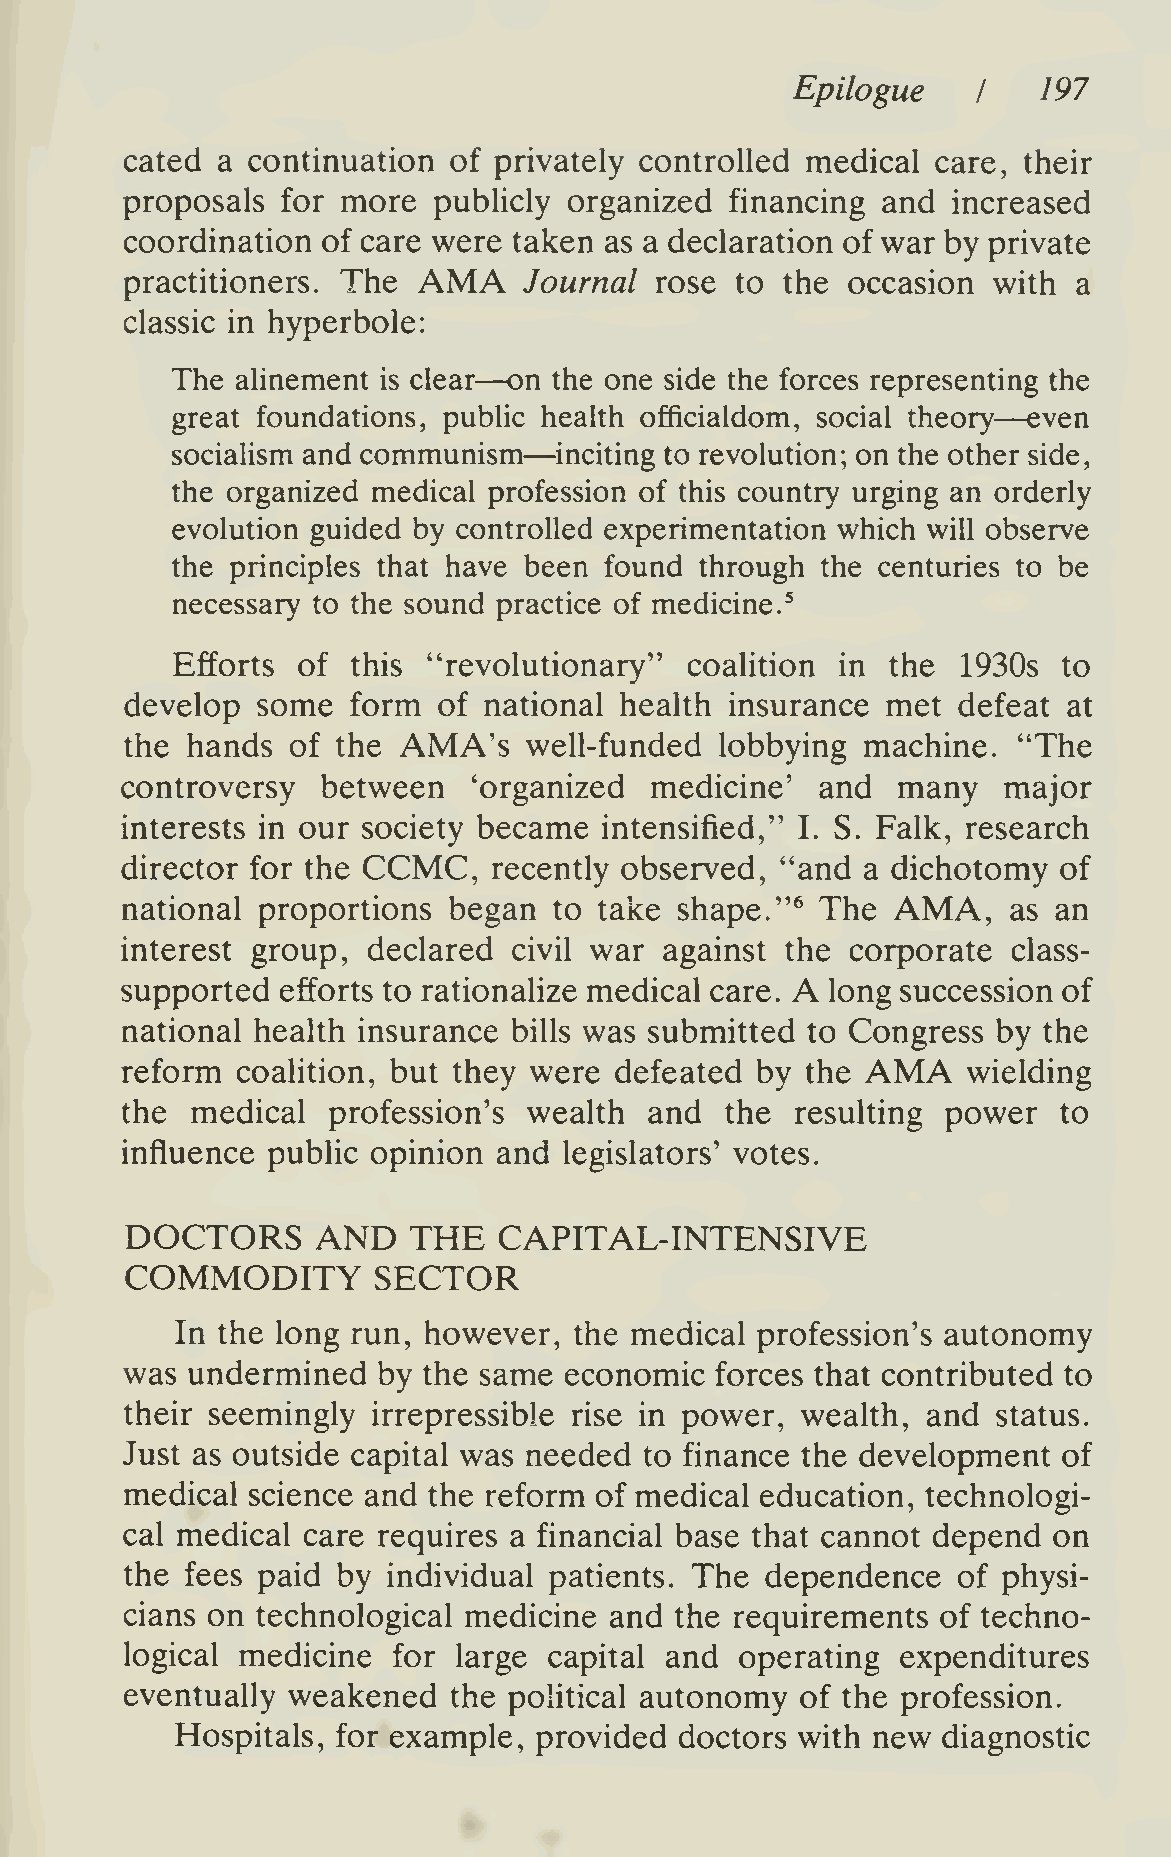
Epilogue         197
 I
 cated a continuation  of privately controlled medical care, their
 proposals  for more  publicly organized financing and  increased
 coordination of care were taken as a declaration of war by private
 AMA
 practitioners. The         Journal rose  to the occasion  with a
 classic in hyperbole:
 —
 The  alinement is clear on the one side the forces representing the
 —
 great foundations, public health officialdom, social theory even
 —
 socialism and communism   inciting to revolution; on the other side,
 the organized medical profession of this country urging an orderly
 evolution guided by controlled experimentation which will observe
 the principles that have been found through the centuries to be
 necessary to the sound practice of medicine.'
 Efforts  of this "revolutionary"   coahtion  in the  1930s to
 develop  some  form  of national health insurance  met defeat  at
 the hands  of the AMA's    well-funded  lobbying machine.  "The
 controversy  between   'organized  medicine'  and  many   major
 interests in our society became intensified," I. S. Falk, research
 CCMC,
 director for the         recently observed, "and a dichotomy  of
 AMA,
 national proportions  began  to take shape."^ The          as an
 interest group, declared  civil war against the corporate  class-
 A
 supported  efforts to rationalize medical care. long succession of
 national health insurance bills was submitted to Congress by the
 AMA
 reform  coahtion, but they were  defeated by the        wielding
 the  medical  profession's wealth  and  the  resulting power  to
 influence public opinion and legislators' votes.
 DOCTORS      AND   THE   CAPITAL-INTENSIVE
 COMMODITY        SECTOR
 In the long run, however, the medical profession's autonomy
 was undermined   by the same economic  forces that contributed to
 their seemingly  irrepressible rise in power, wealth, and status.
 Just as outside capital was needed to finance the development of
 medical science and the reform of medical education, technologi-
 cal medical care requires a financial base that cannot depend on
 the fees paid by  individual patients. The dependence  of physi-
 cians on technological medicine and  the requirements of techno-
 logical medicine  for large capital and  operating  expenditures
 eventually weakened   the poHtical autonomy  of the profession.
 Hospitals, for example, provided doctors with new diagnostic